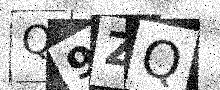
Text: Q9ZQ